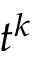
t ^ { k }